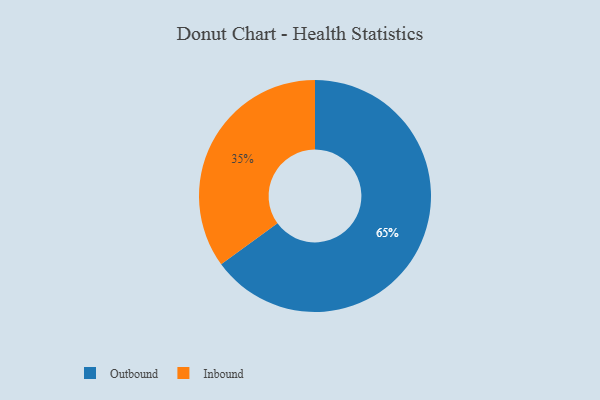
{"axis": {"x": "Category", "y": "Percentage"}, "legend": ["Inbound", "Outbound"], "data": [{"x": "Inbound", "y": 35, "type": "Inbound"}, {"x": "Outbound", "y": 65, "type": "Outbound"}]}